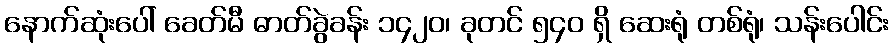
နောက်ဆုံးပေါ် ခေတ်မီ ဓာတ်ခွဲခန်း ၁၄၂၀၊ ခုတင် ၅၄၀ ရှိ ဆေးရုံ တစ်ရုံ၊ သန်းပေါင်း